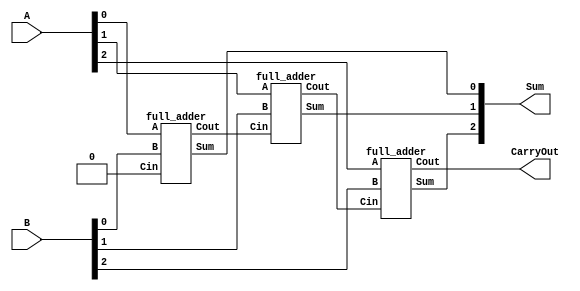
`timescale 1ns / 1ps
//////////////////////////////////////////////////////////////////////////////////
// Company: 
// Engineer: 
// 
// Design Name: 
// Module Name: full_adder_3bit
// Project Name: 
// Target Devices: 
// Tool Versions: 
// Description: 
// 
// Dependencies: 
// 
// Revision:
// Revision 0.01 - File Created
// Additional Comments:
// 
//////////////////////////////////////////////////////////////////////////////////


module full_adder_3bit (
  input [2:0] A,
  input [2:0] B,
  output [2:0] Sum,
  output CarryOut
);

  wire [1:0] Sum_2_bits;
  wire CarryOut_2_bits;
  wire x;

  // First stage: Add the least significant bits (LSBs)
  full_adder fa0 (.A(A[0]), .B(B[0]), .Cin(1'b0), .Sum(Sum[0]), .Cout(CarryOut_2_bits));

  // Second stage: Add the two LSB results with the carry-in
  full_adder fa1 (.A(A[1]), .B(B[1]), .Cin(CarryOut_2_bits), .Sum(Sum[1]), .Cout(x));

  // Third stage: Add the carry-out from the second stage to the most significant bits (MSBs)
  full_adder fa2 (.A(A[2]), .B(B[2]), .Cin(x), .Sum(Sum[2]), .Cout(CarryOut));

endmodule

module full_adder (
  input A,
  input B,
  input Cin,
  output Sum,
  output Cout
);

  // Sum bit
  assign Sum = A ^ B ^ Cin;

  // Carry-out bit
  assign Cout = ((A^ B)&Cin)|(A&B);

endmodule